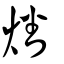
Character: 燔